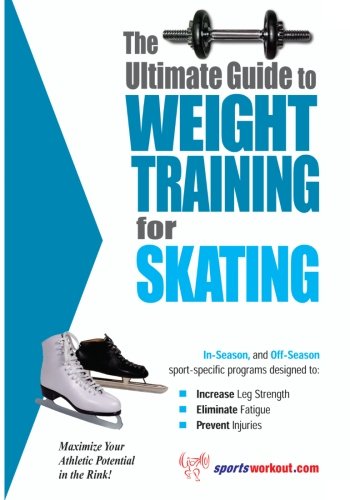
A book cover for The Ultimate Guide to Weight Training for Skating (The Ultimate Guide to Weight Training for Sports, 22); Rob Price; Sports & Outdoors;